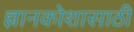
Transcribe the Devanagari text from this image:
ज्ञानकोशासाठी